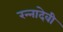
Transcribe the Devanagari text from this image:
रन्‍नादेवी